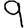
Digit: 9